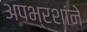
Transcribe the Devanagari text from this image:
अपभ्रशांने